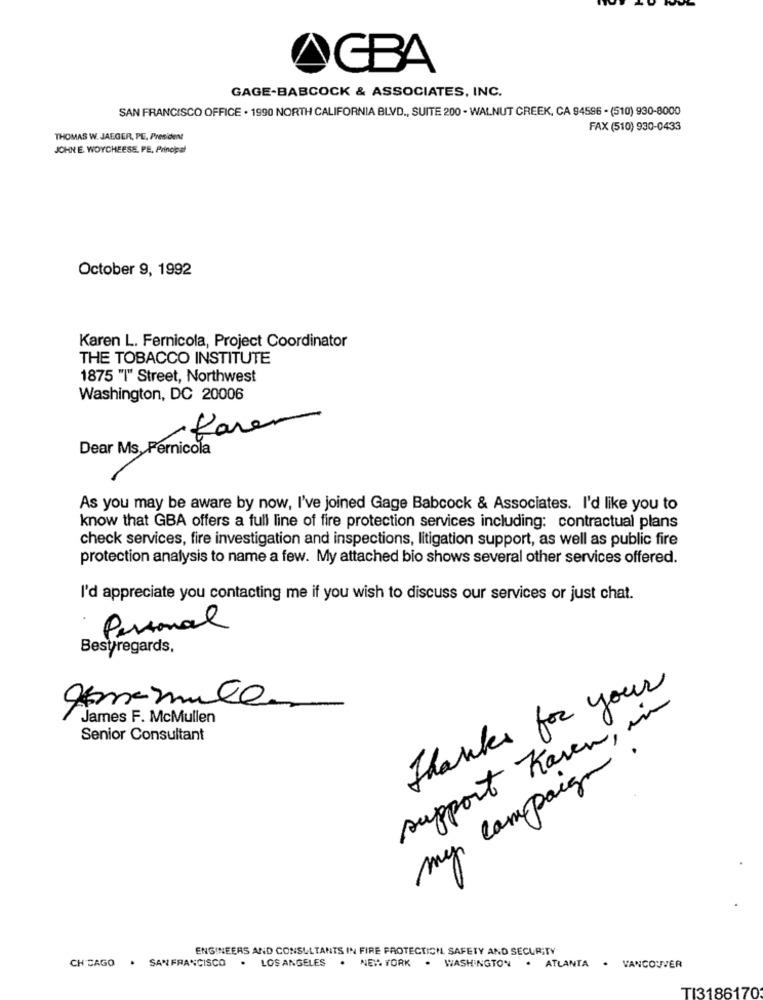
ACBA
GAGE-BABCOCK & ASSOCIATES, INC.
SAN FRANCISCO OFFICE . 1990 NORTH CALIFORNIA BLVD ., SUITE 200 - WALNUT CREEK, CA 94596 - (510) 930-8000
FAX (510) 930-0433
THOMAS W. JAEGER, PE, President
JOHN E. WOYCHEESE, PE, Principal
October 9, 1992
Karen L. Fernicola, Project Coordinator
THE TOBACCO INSTITUTE
1875 "I" Street, Northwest
Washington, DC 20006
fare
Dear Ms Pernicola
As you may be aware by now, I've joined Gage Babcock & Associates. I'd like you to
know that GBA offers a full line of fire protection services including: contractual plans
check services, fire investigation and inspections, litigation support, as well as public fire
protection analysis to name a few. My attached bio shows several other services offered.
I'd appreciate you contacting me if you wish to discuss our services or just chat.
Personal
Bestregards,
Thanks for your
Romamula
support Karen, in
James F. McMullen
Senior Consultant
my campaign
ENGINEERS AND CONSULTANTS IN FIRE PROTECTICH SAFETY AND SECURITY
CHICAGO . SANFRANCISCO . LOS ANGELES . NEW YORK . WASHINGTON . ATLANTA . VANCOUVER
TI3186170